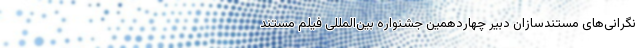
نگرانی‌های مستندسازان دبیر چهاردهمین جشنواره بین‌المللی فیلم مستند